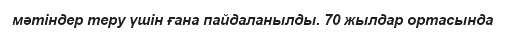
мәтіндер теру үшін ғана пайдаланылды. 70 жылдар ортасында